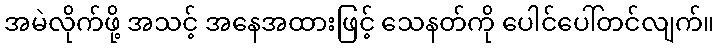
အမဲလိုက်ဖို့ အသင့် အနေအထားဖြင့် သေနတ်ကို ပေါင်ပေါ်တင်လျက်။